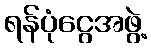
ရန်ပုံငွေအဖွဲ့